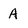
Character: A